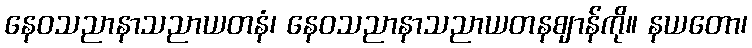
နေဝသညာနာသညာယတနံ၊ နေဝသညာနာသညာယတနဈာန်ကို။ နယတော၊